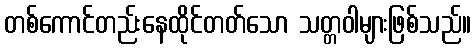
တစ်ကောင်တည်းနေထိုင်တတ်သော သတ္တဝါများဖြစ်သည်။